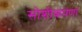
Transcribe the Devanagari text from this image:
सोशीकपणा